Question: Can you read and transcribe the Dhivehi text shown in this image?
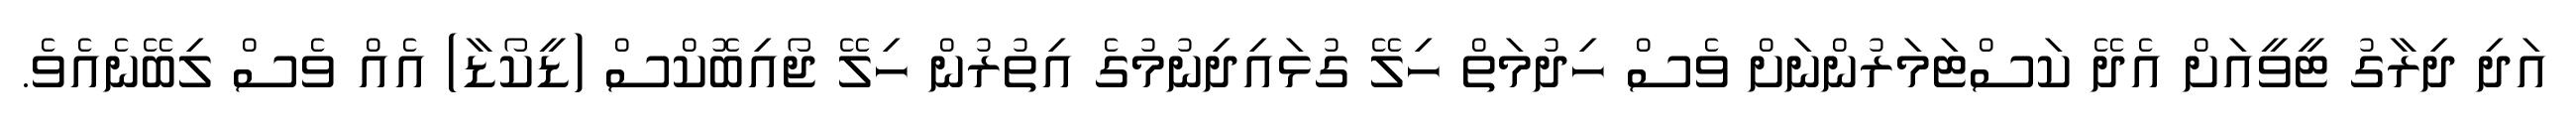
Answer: އަދި ދިރާގު ޓީވީއަށް އެދޭ ކަސްޓަމަރުންނަށް ވެސް ހިދުމަތް ހިލޭ ގުޅައިދިނުމުގެ އިތުރުން ހިލޭ ޖޯއިބޮކްސް (ޑީކޯޑާ) އެއް ވެސް ލިބޭނެއެވެ.